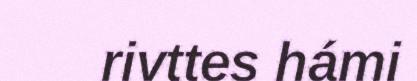
rivttes hámi